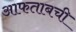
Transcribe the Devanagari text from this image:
आफताबची